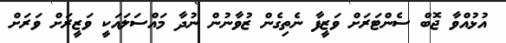
އުޅުއްވާ ޖޮބް ސެންޓަރަށް ވަޒީފާ ނެތިގެން ޒުވާނުން ނުދާ މައްސަލައަކީ ވަޒީރަށް ވަރަށް